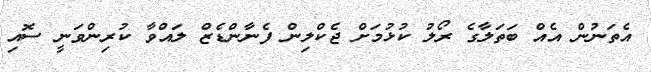
އެތަނުން އެއް ބަތަލާގެ ރޯލު ކުޅުމަށް ޖެކްލިން ފެނާންޑެޒް ލައްވާ ކުރިންވަނީ ސޮއި